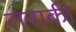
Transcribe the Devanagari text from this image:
तराकी